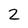
Character: 2